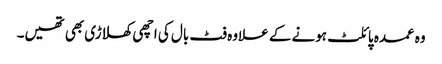
وہ عمدہ پائلٹ ہونے کے علاوہ فٹ بال کی اچھی کھلاڑی بھی تھیں۔